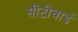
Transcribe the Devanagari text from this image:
सीटीवाई